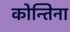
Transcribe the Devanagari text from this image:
कोन्तिना